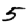
Digit: 5